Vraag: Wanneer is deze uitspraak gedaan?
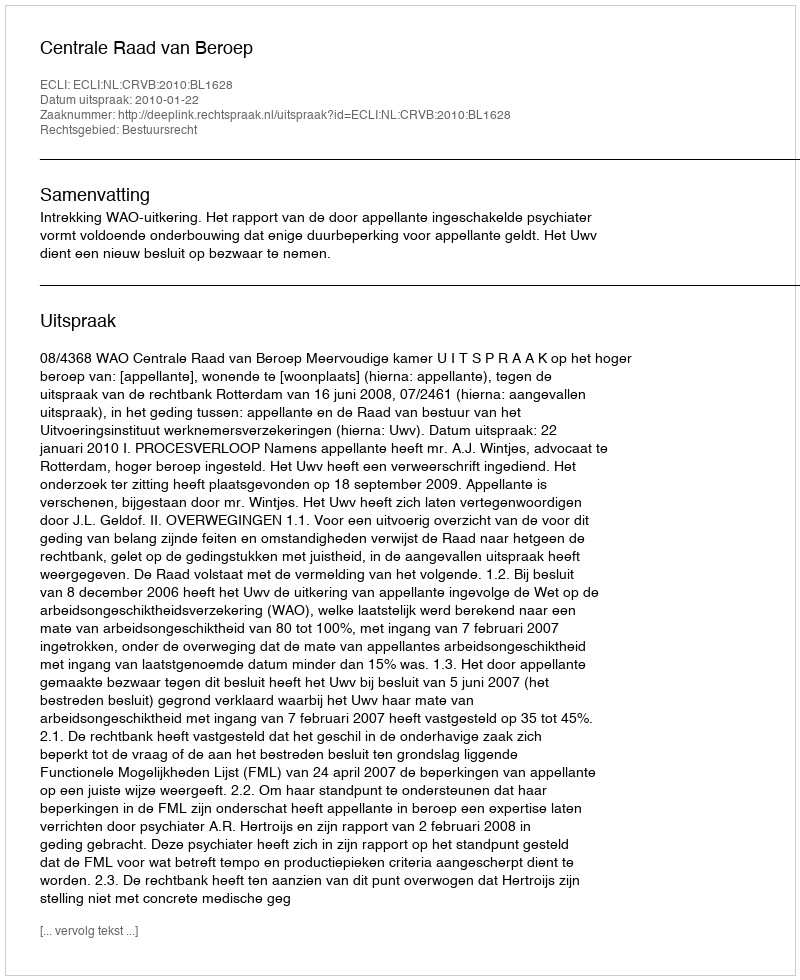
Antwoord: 2010-01-22